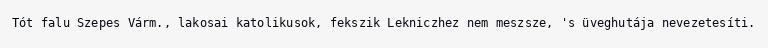
Tót falu Szepes Várm., lakosai katolikusok, fekszik Lekniczhez nem meszsze, 's üveghutája nevezetesíti.